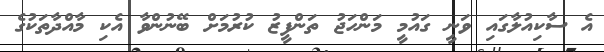
އެ ސާކިއުލާގައި ވަނީ ގައުމީ މަންހަޖު ތަންފީޒު ކުރުމަށް ބޭނުންވާ އެކި މާއްދާތަކުގެ